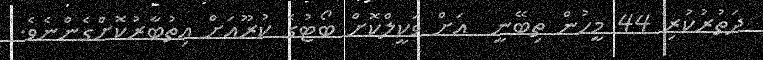
ދަތުުރުކުރި 44 މީހުން ތިބޭނީ  އަށް ވަކީލްކޮށް ބޯޓުގެ ކުރޫއަށް އިތުބާރުކޮށްގެންނެވެ.